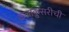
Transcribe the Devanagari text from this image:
कलाकुसरीची